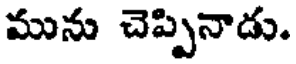
మును చెప్పినాడు.